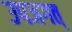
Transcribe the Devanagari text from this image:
उपजगत्